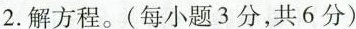
2.解方程。(每小题3分，共6分)